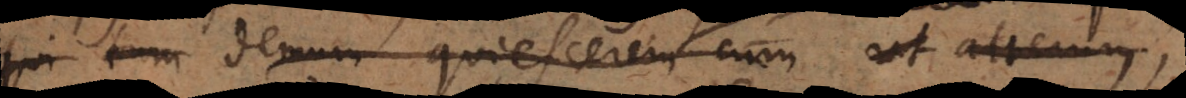
qui tum demum quiescerem cum ut alterum,